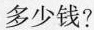
多少钱?